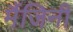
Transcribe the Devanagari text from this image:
मैंजिनी